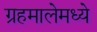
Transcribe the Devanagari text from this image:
ग्रहमालेमध्ये